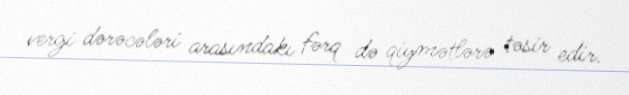
vergi dərəcələri arasındakı fərq də qiymətlərə təsir edir.